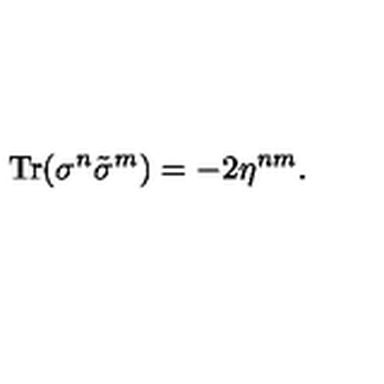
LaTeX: \mathrm { T r } ( \sigma ^ { n } \tilde { \sigma } ^ { m } ) = - 2 \eta ^ { n m } .